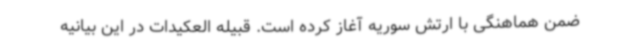
ضمن هماهنگی با ارتش سوریه آغاز کرده است. قبیله العکیدات در این بیانیه